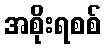
အစိုးရစစ်